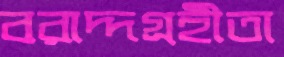
বরাদ্দগ্রহীতা